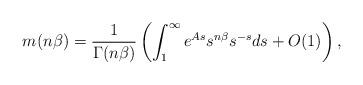
LaTeX: \begin{align*}m(n\beta)=\frac{1}{\Gamma(n\beta)}\left(\int_{1}^{\infty}e^{As}s^{n\beta}s^{-s}ds+O(1)\right),\end{align*}